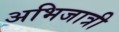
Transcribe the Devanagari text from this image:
अभिजात्री